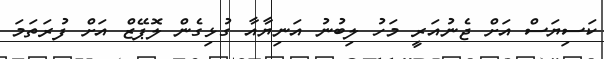
ކަސިޔަސް އަށް ޖެނުއަރީ މަހު ލިބުނު އަނިޔާއާ ގުޅިގެން ލޮޕޭޒް އަށް ފުރަތަމަ